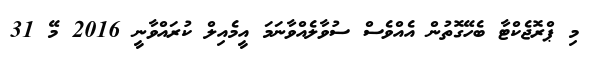
މި ޕްރޮޖެކްޓާ ބެހޭގޮތުން އެއްވެސް ސުވާލެއްވާނަމަ އީމެއިލް ކުރައްވާނީ 2016 މޭ 31